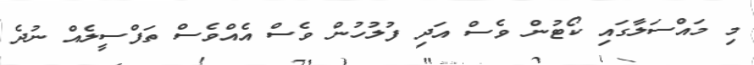
މި މައްސަލާގައި ކޯޓުން ވެސް އަދި ފުލުހުން ވެސް އެއްވެސް ތަފްސީލެއް ނުދެ